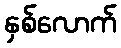
နှစ်လောက်